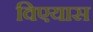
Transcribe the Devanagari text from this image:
विएयास